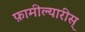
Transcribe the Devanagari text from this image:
फ़ामील्यारीस्